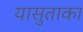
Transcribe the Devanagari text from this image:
यासुताका